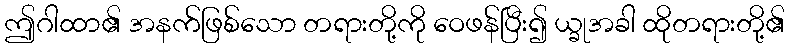
ဤဂါထာ၏ အနက်ဖြစ်သော တရားတို့ကို ဝေဖန်ပြီး၍ ယ္ခုအခါ ထိုတရားတို့၏